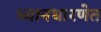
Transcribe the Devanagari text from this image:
ध्यानधारणेत